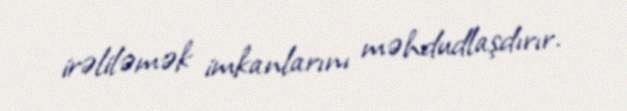
irəliləmək imkanlarını məhdudlaşdırır.